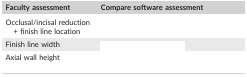
<table><thead><tr><td><b>Faculty assessment</b></td><td><b>Compare software assessment</b></td></tr></thead><tbody><tr><td>Occlusal/incisal reduction + finish line location</td><td>[EMPTY_CELL]</td></tr><tr><td>Finish line width</td><td>[EMPTY_CELL]</td></tr><tr><td>Axial wall height</td><td>[EMPTY_CELL]</td></tr></tbody></table>